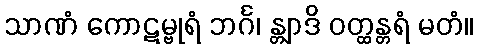
သာဏံ ကောဋမ္ဗုရံ ဘင်္ဂ၊ န္တျာဒိ ဝတ္ထန္တရံ မတံ။